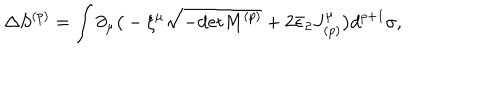
LaTeX: \Delta S ^ { ( p ) } = \int \partial _ { \mu } \big ( - \xi ^ { \mu } \sqrt { - \mathrm { d e t } M ^ { ( p ) } } + 2 \bar { \epsilon } _ { 2 } J _ { ( p ) } ^ { \mu } \big ) d ^ { p + 1 } \sigma ,